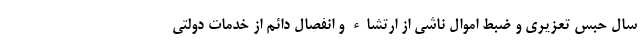
سال حبس تعزیری و ضبط اموال ناشی از ارتشاء و انفصال دائم از خدمات دولتی